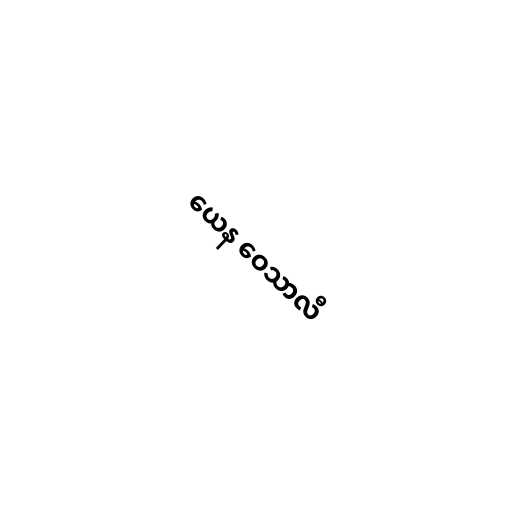
ယေန ဝေသာလီ